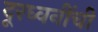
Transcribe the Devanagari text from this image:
दूरध्वनींची